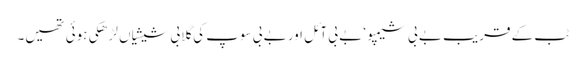
ٹب کے قریب بے بی شیمپو ‘ بے بی آئل اور بے بی سوپ کی گلابی شیشیاں لڑھکی ہوئی تھیں۔